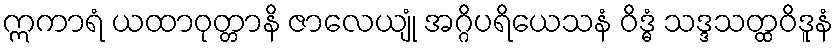
ဣကာရံ ယထာဝုတ္တာနိ ဇာလေယျုံ အဂ္ဂိပရိယေသနံ ဝိဒ္ဓံ သဒ္ဒသတ္ထဝိဒူနံ